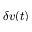
\delta v ( t )